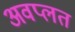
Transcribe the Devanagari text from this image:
अवप्लत